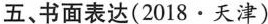
五、书面表达(2018 · 天津)